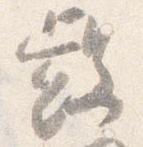
叡